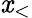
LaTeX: \mathit{x}_{<}